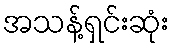
အသန့်ရှင်းဆုံး